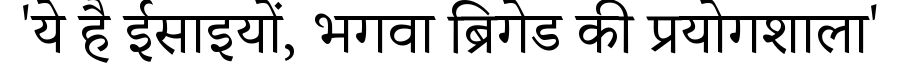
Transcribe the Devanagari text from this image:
'ये है ईसाइयों, भगवा ब्रिगेड की प्रयोगशाला'